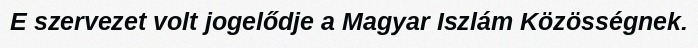
E szervezet volt jogelődje a Magyar Iszlám Közösségnek.